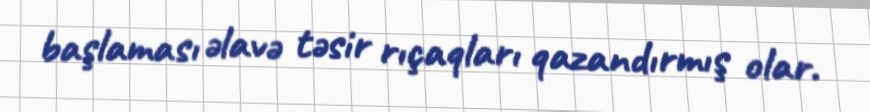
başlaması əlavə təsir rıçaqları qazandırmış olar.